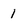
Character: 1